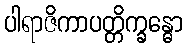
ပါရာဇိကာပတ္တိက္ခန္ဓော